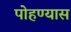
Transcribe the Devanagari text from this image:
पोहण्यास